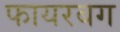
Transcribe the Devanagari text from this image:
फायरबग